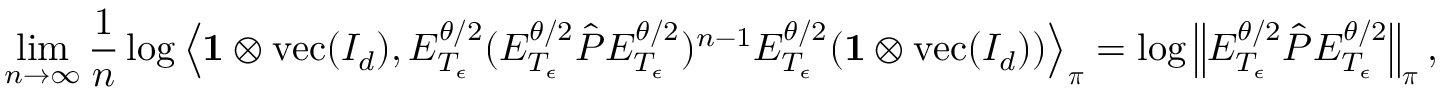
\operatorname* { l i m } _ { n \to \infty } \frac { 1 } { n } \log \left\langle \mathbf { 1 } \otimes \operatorname { v e c } ( I _ { d } ) , E _ { T _ { \epsilon } } ^ { \theta / 2 } ( E _ { T _ { \epsilon } } ^ { \theta / 2 } \hat { P } E _ { T _ { \epsilon } } ^ { \theta / 2 } ) ^ { n - 1 } E _ { T _ { \epsilon } } ^ { \theta / 2 } ( \mathbf { 1 } \otimes \operatorname { v e c } ( I _ { d } ) ) \right\rangle _ { \boldsymbol \pi } = \log \left\lVert E _ { T _ { \epsilon } } ^ { \theta / 2 } \hat { P } E _ { T _ { \epsilon } } ^ { \theta / 2 } \right\rVert _ { \boldsymbol \pi } ,